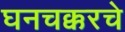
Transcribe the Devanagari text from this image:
घनचक्करचे